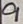
Text: 9